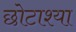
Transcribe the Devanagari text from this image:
छोटाश्या